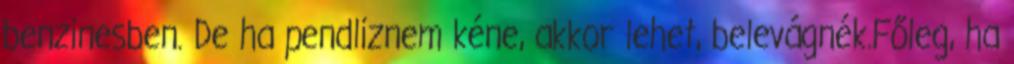
benzinesben. De ha pendliznem kéne, akkor lehet, belevágnék.Főleg, ha